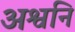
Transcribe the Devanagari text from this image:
अश्वनि